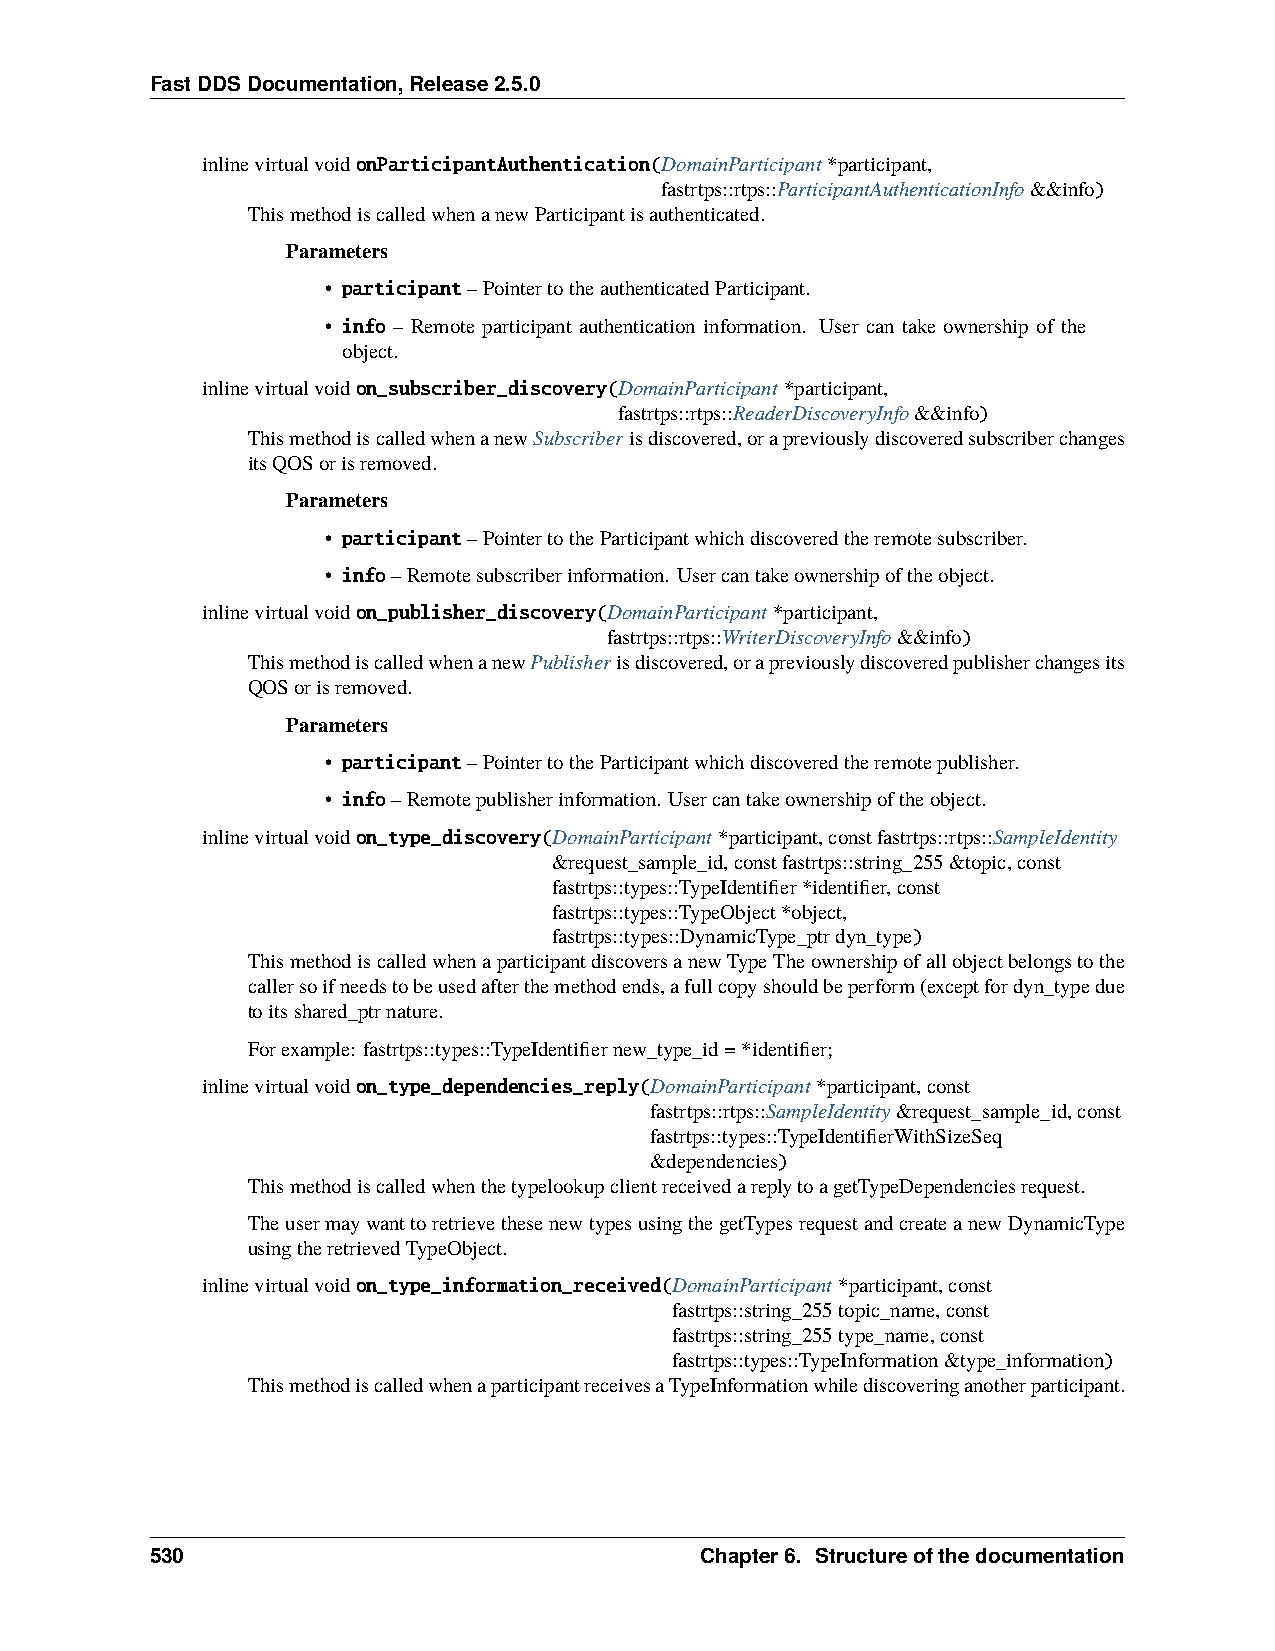
FastDDSDocumentation,Release2.5.0
 inlinevirtualvoidonParticipantAuthentication(DomainParticipant*participant,
 fastrtps::rtps::ParticipantAuthenticationInfo&&info)
 ThismethodiscalledwhenanewParticipantisauthenticated.
 Parameters
 • participant–PointertotheauthenticatedParticipant.
 • info – Remote participant authentication information. User can take ownership of the
 object.
 inlinevirtualvoidon_subscriber_discovery(DomainParticipant*participant,
 fastrtps::rtps::ReaderDiscoveryInfo&&info)
 ThismethodiscalledwhenanewSubscriberisdiscovered,orapreviouslydiscoveredsubscriberchanges
 itsQOSorisremoved.
 Parameters
 • participant–PointertotheParticipantwhichdiscoveredtheremotesubscriber.
 • info–Remotesubscriberinformation. Usercantakeownershipoftheobject.
 inlinevirtualvoidon_publisher_discovery(DomainParticipant*participant,
 fastrtps::rtps::WriterDiscoveryInfo&&info)
 ThismethodiscalledwhenanewPublisherisdiscovered,orapreviouslydiscoveredpublisherchangesits
 QOSorisremoved.
 Parameters
 • participant–PointertotheParticipantwhichdiscoveredtheremotepublisher.
 • info–Remotepublisherinformation. Usercantakeownershipoftheobject.
 inlinevirtualvoidon_type_discovery(DomainParticipant*participant,constfastrtps::rtps::SampleIdentity
 &request_sample_id,constfastrtps::string_255&topic,const
 fastrtps::types::TypeIdentifier*identifier,const
 fastrtps::types::TypeObject*object,
 fastrtps::types::DynamicType_ptrdyn_type)
 ThismethodiscalledwhenaparticipantdiscoversanewTypeTheownershipofallobjectbelongstothe
 callersoifneedstobeusedafterthemethodends,afullcopyshouldbeperform(exceptfordyn_typedue
 toitsshared_ptrnature.
 Forexample: fastrtps::types::TypeIdentifiernew_type_id=*identifier;
 inlinevirtualvoidon_type_dependencies_reply(DomainParticipant*participant,const
 fastrtps::rtps::SampleIdentity&request_sample_id,const
 fastrtps::types::TypeIdentifierWithSizeSeq
 &dependencies)
 ThismethodiscalledwhenthetypelookupclientreceivedareplytoagetTypeDependenciesrequest.
 TheusermaywanttoretrievethesenewtypesusingthegetTypesrequestandcreateanewDynamicType
 usingtheretrievedTypeObject.
 inlinevirtualvoidon_type_information_received(DomainParticipant*participant,const
 fastrtps::string_255topic_name,const
 fastrtps::string_255type_name,const
 fastrtps::types::TypeInformation&type_information)
 ThismethodiscalledwhenaparticipantreceivesaTypeInformationwhilediscoveringanotherparticipant.
 530                                 Chapter6. Structureofthedocumentation